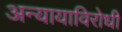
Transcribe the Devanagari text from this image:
अन्यायाविरोधी